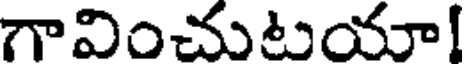
గావించుటయా!